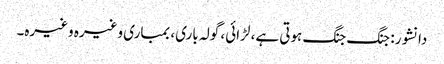
دانشور: جنگ جنگ ہوتی ہے، لڑائی، گولہ باری، بمباری وغیرہ وغیرہ۔